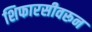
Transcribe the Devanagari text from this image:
शिफारसीवरून